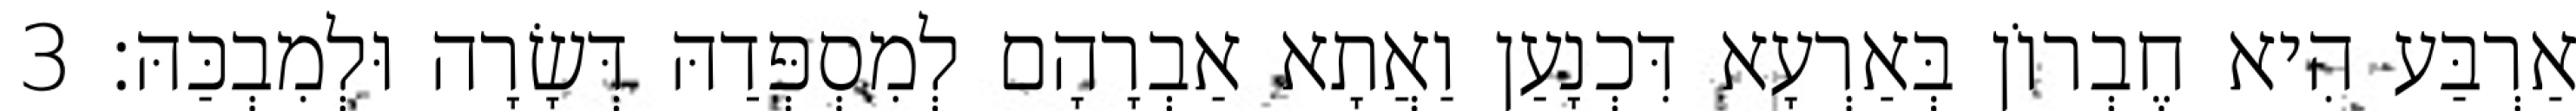
אַרְבַּע הִיא חֶבְרוֹן בְּאַרְעָא דִּכְנָעַן וַאֲתָא אַבְרָהָם לְמִסְפְּדַהּ דְּשָׂרָה וּלְמִבְכַּהּ׃ 3